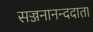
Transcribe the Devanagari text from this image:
सज्जनानन्ददाता